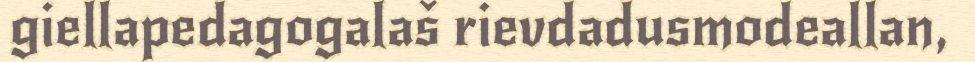
giellapedagogalaš rievdadusmodeallan,